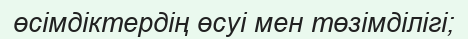
өсімдіктердің өсуі мен төзімділігі;